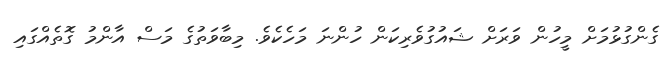
ގެންގުޅުމަށް މީހުން ވަރަށް ޝައުގުވެރިކަން ހުންނަ މަހެކެވެ. މިބާވަތުގެ މަސް އާންމު ގޮތެއްގައި